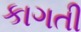
કાગતી